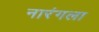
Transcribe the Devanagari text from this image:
नारंगला